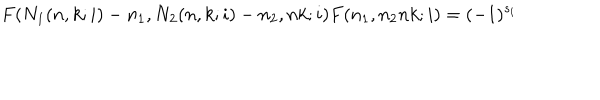
LaTeX: F ( N _ { 1 } ( n , k ; i ) - n _ { 1 } , N _ { 2 } ( n , k ; i ) - n _ { 2 } , n k ; i ) F ( n _ { 1 } , n _ { 2 } n k ; i ) = ( - 1 ) ^ { s _ { i } }